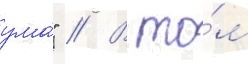
ума́" // В то́м